Indian journal of veterinary science and animal husbandry - Volume 9,
Year: 1939
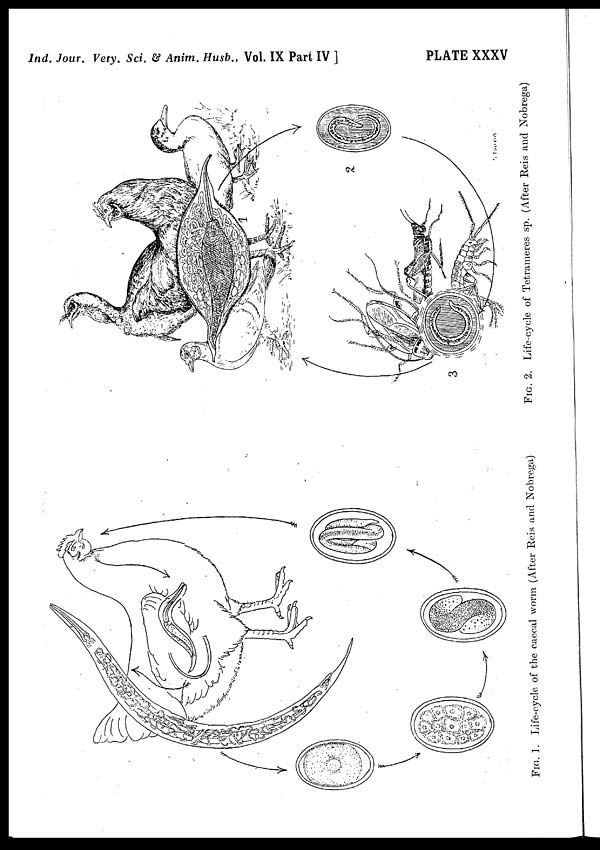
Ind. Jour. Vety. Sci. & Anim. Husb., Vol. IX Part IV ]
PLATE XXXV
FIG.
1. Life-cycle of the caecal worm (After Reis and Nobrega)
FIG.
2. Life-cycle of Tetrameres sp. (After Reis and Nobrega)